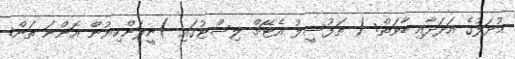
މުދަލުގެ އަދަދާއި ބާވަތް: ( ތަފުސީލު އެޓޭޗް ލިސްޓުގައި )ނީލަންކިޔުން އޮންނަ ތަން: